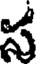
స